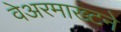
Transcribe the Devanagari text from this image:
वेअरमाख्टने